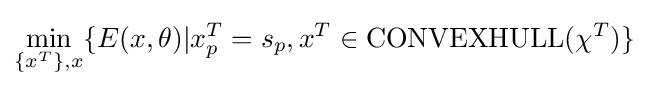
\min _{\{x^{T}\},x}\{E(x,\theta )|x_{p}^{T}=s_{p},x^{T}\in {\text{CONVEXHULL}}(\chi ^{T})\}